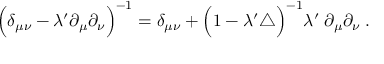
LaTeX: \Big ( \delta _ { \mu \nu } - \lambda ^ { \prime } \partial _ { \mu } \partial _ { \nu } \Big ) ^ { - 1 } = \delta _ { \mu \nu } + \Big ( 1 - \lambda ^ { \prime } \triangle \Big ) ^ { - 1 } \lambda ^ { \prime } \; \partial _ { \mu } \partial _ { \nu } \; .